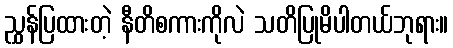
ညွှန်ပြထားတဲ့ နီတိစကားကိုလဲ သတိပြုမိပါတယ်ဘုရား။